Indian journal of veterinary science and animal husbandry - Volumes 24-25, 1954-1955
Year: 1954
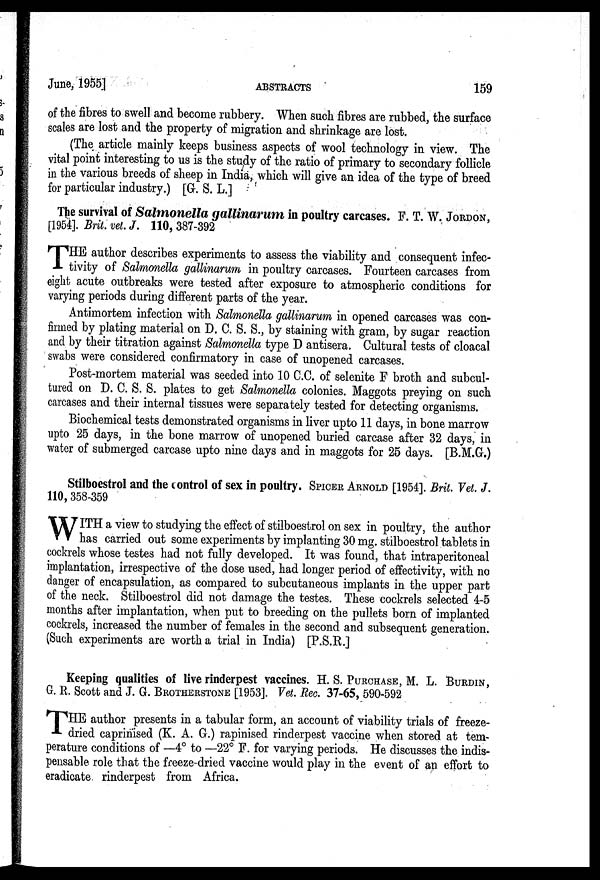
June, 1955]
ABSTRACTS
159
of the fibres to swell and become rubbery. When such fibres are rubbed, the surface
scales are lost and the property of migration and shrinkage are lost.
(The article mainly keeps business aspects of wool technology in view. The
vital point interesting to us is the study of the ratio of primary to secondary follicle
in the various breeds of sheep in India, which will give an idea of the type of breed
for particular industry.) [G. S. L.]
The survival of Salmonella gallinarum in poultry carcases. F. T. W. JORDON,
[1954]. Brit. vet. J. 110, 387-392
T HE author describes experiments to assess the viability and consequent infec-
tivity of Salmonella gallinarum in poultry carcases. Fourteen carcases from
eight acute outbreaks were tested after exposure to atmospheric conditions for
varying periods during different parts of the year.
Antimortem infection with Salmonella gallinarum in opened carcases was con-
firmed by plating material on D. C. S. S., by staining with gram, by sugar reaction
and by their titration against Salmonella type D antisera. Cultural tests of cloacal
swabs were considered confirmatory in case of unopened carcases.
Post-mortem material was seeded into 10 C.C. of selenite F broth and subcul-
tured on D. C. S. S. plates to get Salmonella colonies. Maggots preying on such
carcases and their internal tissues were separately tested for detecting organisms.
Biochemical tests demonstrated organisms in liver upto 11 days, in bone marrow
upto 25 days, in the bone marrow of unopened buried carcase after 32 days, in
water of submerged carcase upto nine days and in maggots for 25 days. [B.M.G.)
Stilboestrol and the control of sex in poultry. SPICER ARNOLD [1954]. Brit. Vet. J.
110, 358-359
W ITH a view to studying the effect of stilboestrol on sex in poultry, the author
has carried out some experiments by implanting 30 mg. stilboestrol tablets in
cockrels whose testes had not fully developed. It was found, that intraperitoneal
implantation, irrespective of the dose used, had longer period of effectivity, with no
danger of encapsulation, as compared to subcutaneous implants in the upper part
of the neck. Stilboestrol did not damage the testes. These cockrels selected 4-5
months after implantation, when put to breeding on the pullets born of implanted
cockrels, increased the number of females in the second and subsequent generation.
(Such experiments are worth a trial in India) [P.S.R.]
Keeping qualities of live rinderpest vaccines. H. S. PURCHASE, M. L. BURDIN,
G. R. Scott and J. G. BROTHERSTONE [1953]. Vet. Rec. 37-65, 590-592
T HE author presents in a tabular form, an account of viability trials of freeze-
dried caprinised (K. A. G.) rapinised rinderpest vaccine when stored at tem-
perature conditions of —4° to —22° F. for varying periods. He discusses the indis-
pensable role that the freeze-dried vaccine would play in the event of an effort to
eradicate rinderpest from Africa.